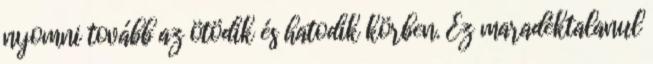
nyomni tovább az ötödik és hatodik körben. Ez maradéktalanul